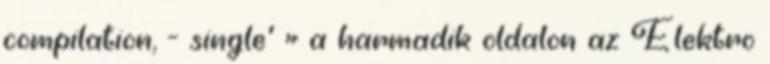
compilation, - single' » a harmadik oldalon az Elektro